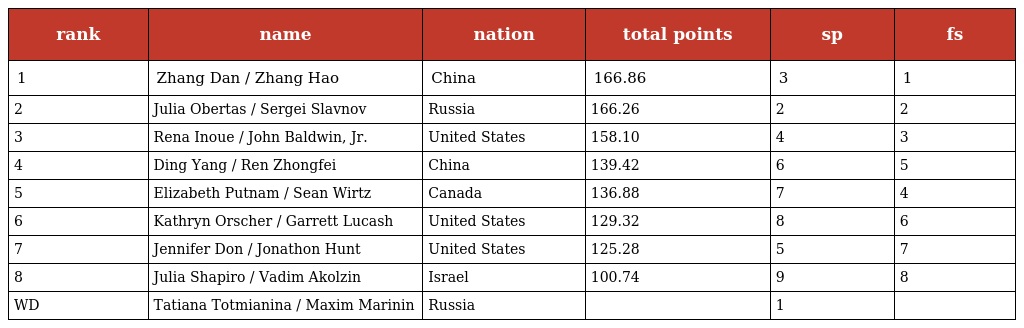
| rank | name | nation | total points | sp | fs |
 | --- | --- | --- | --- | --- | --- |
 | 1 | Zhang Dan / Zhang Hao | China | 166.86 | 3 | 1 |
 | 2 | Julia Obertas / Sergei Slavnov | Russia | 166.26 | 2 | 2 |
 | 3 | Rena Inoue / John Baldwin, Jr. | United States | 158.10 | 4 | 3 |
 | 4 | Ding Yang / Ren Zhongfei | China | 139.42 | 6 | 5 |
 | 5 | Elizabeth Putnam / Sean Wirtz | Canada | 136.88 | 7 | 4 |
 | 6 | Kathryn Orscher / Garrett Lucash | United States | 129.32 | 8 | 6 |
 | 7 | Jennifer Don / Jonathon Hunt | United States | 125.28 | 5 | 7 |
 | 8 | Julia Shapiro / Vadim Akolzin | Israel | 100.74 | 9 | 8 |
 | WD | Tatiana Totmianina / Maxim Marinin | Russia |  | 1 |  |